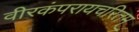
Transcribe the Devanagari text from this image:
वीरकंपरायचरितम्